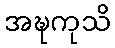
အဍ္ဎကုသိ